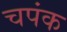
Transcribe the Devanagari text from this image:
चपंक